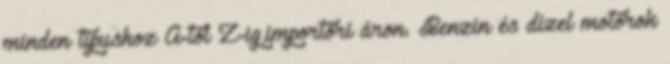
minden típushoz A-tól Z-ig,importőri áron. Benzin és dízel motorok